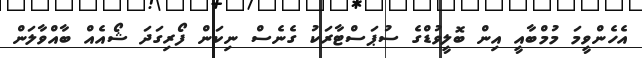
އެހެންވީމަ މުމްބާއީ އިން ބޮލީވުޑްގެ ސުޕަސްޓާރަކު ގެނެސް ނިކަން ފޯރިގަދަ ޝޯއެއް ބާއްވާލަން